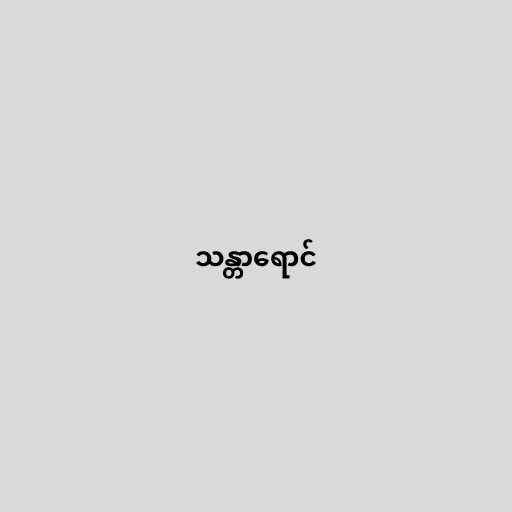
သန္တာရောင်